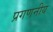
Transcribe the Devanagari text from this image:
प्रगणनीय